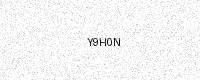
Text: Y9H0N